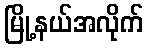
မြို့နယ်အလိုက်